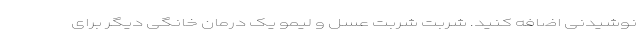
نوشیدنی اضافه کنید. شربت شربت عسل و لیمو یک درمان خانگی دیگر برای